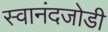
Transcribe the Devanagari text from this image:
स्वानंदजोडी